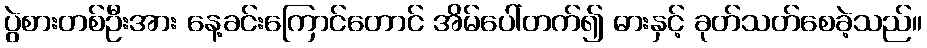
ပွဲစားတစ်ဦးအား နေ့ခင်းကြောင်တောင် အိမ်ပေါ်တက်၍ ဓားနှင့် ခုတ်သတ်စေခဲ့သည်။